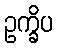
ဥက္ခိပ